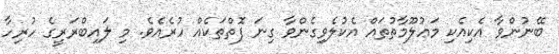
ބޭނުންވާ އެކިއެކި މަޢުލޫމާތުތައް އެކުލެވިގެންވާ ގިނަ ފޮތްތަކެއް ހުރެއެވެ. މި ލައިބްރަރީގެ ހުރިހާ